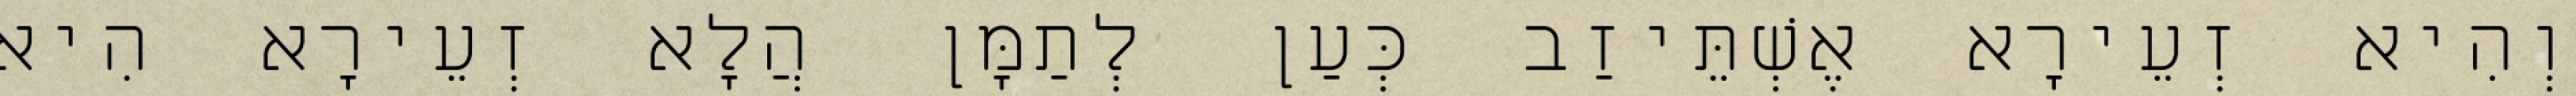
וְהִיא זְעֵירָא אֶשְׁתֵּיזַב כְּעַן לְתַמָּן הֲלָא זְעֵירָא הִיא